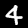
Label: 4